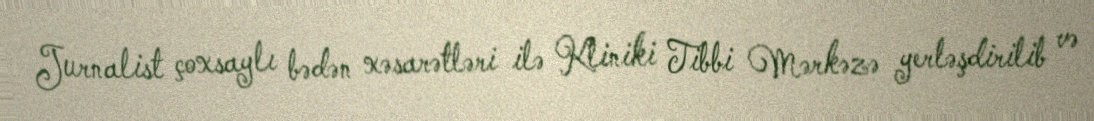
Jurnalist çoxsaylı bədən xəsarətləri ilə Kliniki Tibbi Mərkəzə yerləşdirilib və